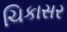
ચિકાસર